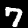
Digit: 7